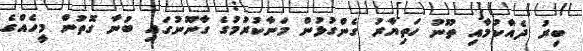
ބިރު ދެއްކުމާއި ތޫނު ހަތިޔާރު ގެންގުޅުން މަނާކުރުމުގެ ގާނޫނުގައި ބުނާ ގޮތުން މީހެއްގެ